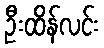
ဦးထိန်လင်း